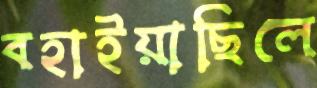
বহাইয়াছিলে